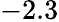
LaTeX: -2.3